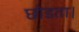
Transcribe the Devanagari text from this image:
छोडता।